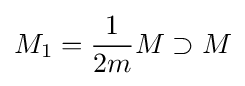
M_{1}={1 \over 2m}M\supset M